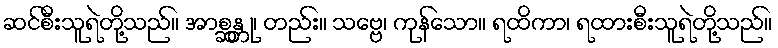
ဆင်စီးသူရဲတို့သည်။ အာစ္ဆန္တု၊ တည်း။ သဗ္ဗေ၊ ကုန်သော။ ရထိကာ၊ ရထားစီးသူရဲတို့သည်။